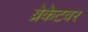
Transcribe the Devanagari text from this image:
ब्रेकेटवर